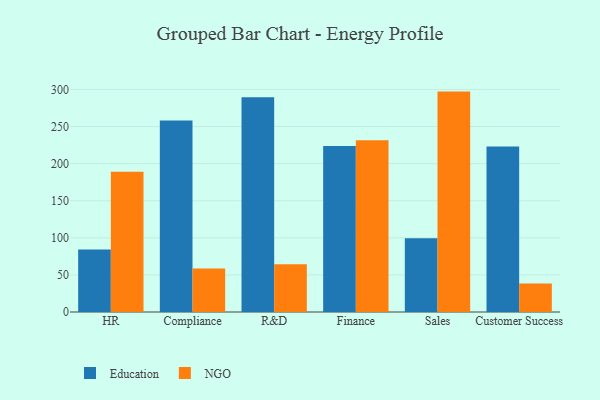
{"axis": {"x": "Department", "y": "Satisfaction Score"}, "legend": ["Education", "NGO"], "data": [{"x": "HR", "y": 84.4, "type": "Education"}, {"x": "HR", "y": 189.0, "type": "NGO"}, {"x": "Compliance", "y": 258.2, "type": "Education"}, {"x": "Compliance", "y": 58.7, "type": "NGO"}, {"x": "R&D", "y": 289.5, "type": "Education"}, {"x": "R&D", "y": 64.5, "type": "NGO"}, {"x": "Finance", "y": 223.8, "type": "Education"}, {"x": "Finance", "y": 231.4, "type": "NGO"}, {"x": "Sales", "y": 99.4, "type": "Education"}, {"x": "Sales", "y": 297.1, "type": "NGO"}, {"x": "Customer Success", "y": 223.0, "type": "Education"}, {"x": "Customer Success", "y": 38.3, "type": "NGO"}]}